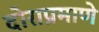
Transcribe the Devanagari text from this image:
दोराप्रमाणे